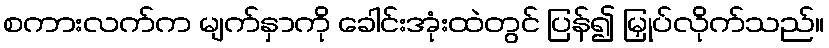
စကားလက်က မျက်နှာကို ခေါင်းအုံးထဲတွင် ပြန်၍ မြှုပ်လိုက်သည်။